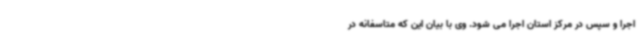
اجرا و سپس در مرکز استان اجرا می شود. وی با بیان این که متاسفانه در